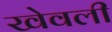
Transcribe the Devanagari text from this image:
खेवली